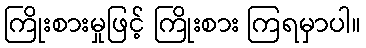
ကြိုးစားမှုဖြင့် ကြိုးစား ကြရမှာပါ။